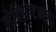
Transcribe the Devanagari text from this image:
लेक्झिंग्टनला